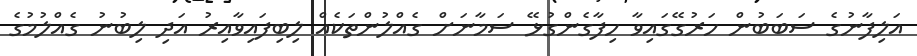
އަލިފާނުގެ ސަބަބުން ހަރުގޭގައިވާ ހިފާގެންގުޅޭ ސަމާނަށް ގެއްލުންތަކެއް ލިބިފައިވާއިރު އަދި ލިބުނު ގެއްލުމުގެ